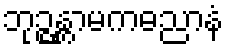
ဘုဉ္ဇန္တာမကဓညာနံ